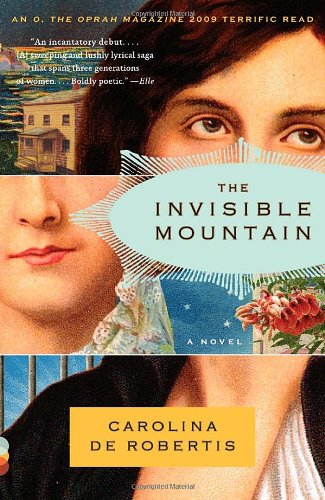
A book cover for The Invisible Mountain (Vintage Contemporaries); Carolina De Robertis; Literature & Fiction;